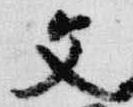
文